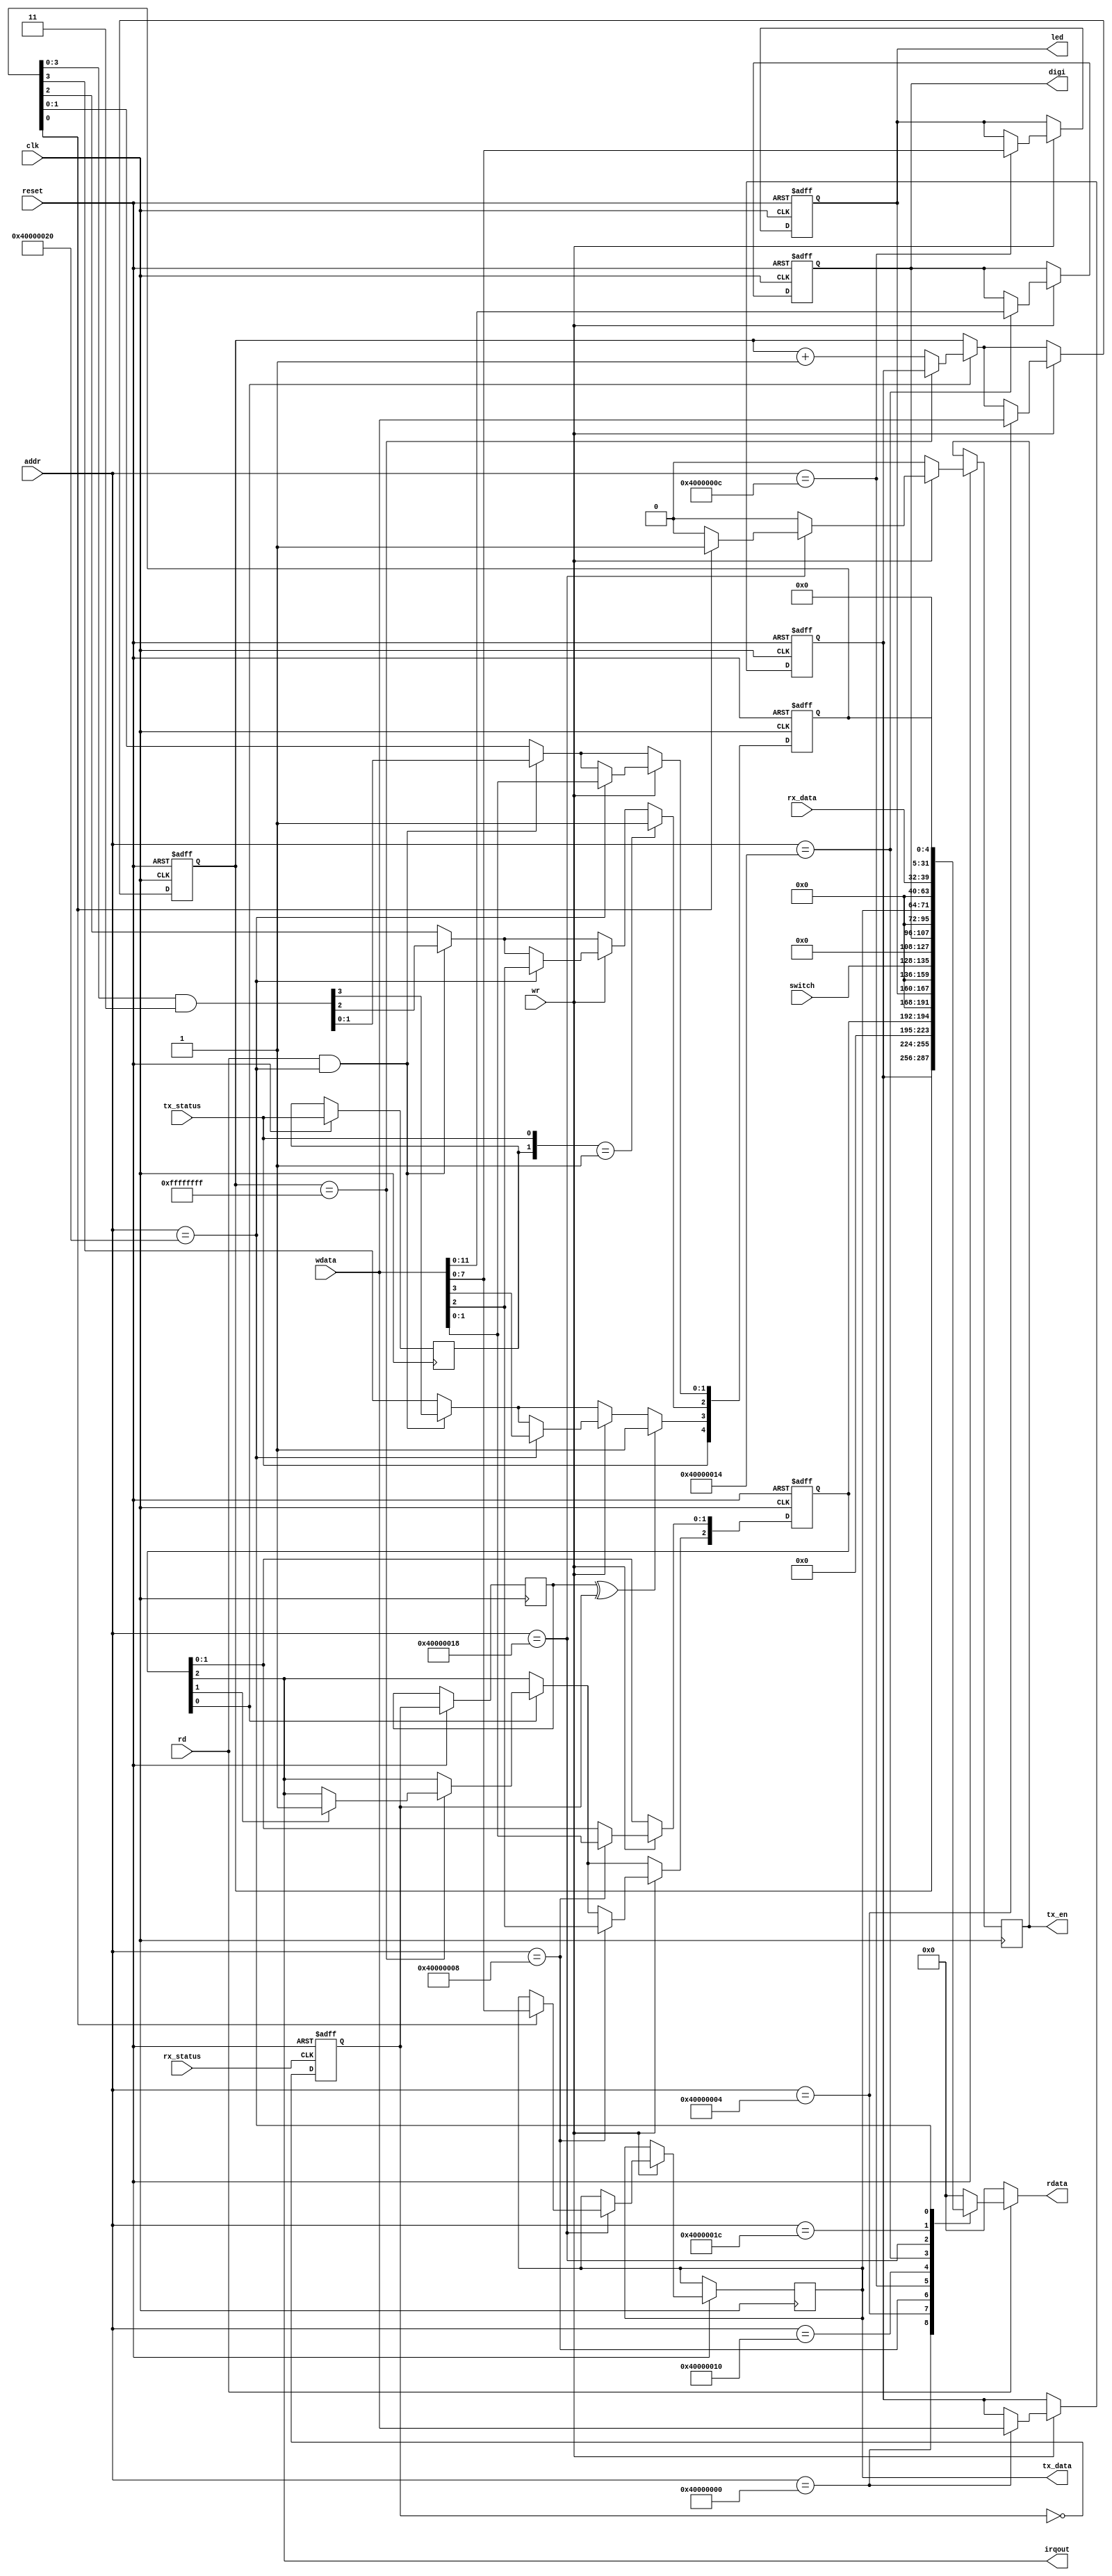
`timescale 1ns/1ps

module Peripheral (reset, clk, rd, wr, addr, wdata, rdata, led, switch, digi, irqout, tx_data, rx_data, rx_status, tx_status, tx_en);
input reset,clk;
input rd,wr;
input [31:0] addr;
input [31:0] wdata;
output [31:0] rdata;
reg [31:0] rdata;

output [7:0] led;
reg [7:0] led;
input [7:0] switch;
output [11:0] digi;
reg [11:0] digi;
output irqout;

reg [31:0] TH,TL;
reg [2:0] TCON;
assign irqout = TCON[2];

input [7:0] rx_data;
input rx_status, tx_status;
output reg [7:0] tx_data;
output reg  tx_en;
reg rx_status_delay, tx_status_delay, rx_status_flag;
reg [4:0] uart_con;

always@(*) begin
	if(rd) begin
		case(addr)
			32'h40000000: rdata <= TH;			
			32'h40000004: rdata <= TL;			
			32'h40000008: rdata <= {29'b0,TCON};				
			32'h4000000C: rdata <= {24'b0,led};			
			32'h40000010: rdata <= {24'b0,switch};
			32'h40000014: rdata <= {20'b0,digi};
			32'h40000018: rdata <= {24'b0, tx_data};
			32'h4000001C: rdata <= {24'b0, rx_data};
			32'h40000020: rdata <= {27'b0, uart_con};
			default: rdata <= 32'b0;
		endcase
	end
	else
		rdata <= 32'b0;
end

always@(negedge reset or posedge clk) begin
	if(~reset) begin
		TH <= 32'b0;
		TL <= 32'b0;
		TCON <= 3'b0;
		led <= 8'b0;
		digi <= 12'b0;
		uart_con <= 5'b0;
	end

	else begin
		if(TCON[0]) begin	//timer is enabled
			if(TL==32'hffffffff) begin
				TL <= TH;
				if(TCON[1]) TCON[2] <= 1'b1;		//irq is enabled
			end
			else TL <= TL + 1;
		end

		if(rd & addr == 32'h40000020) begin
			uart_con <= uart_con & 5'b10011;
		end

		if (tx_en) begin
			tx_en <= 0;
		end

		if(wr) begin
			case(addr)
				32'h40000000: TH <= wdata;
				32'h40000004: TL <= wdata;
				32'h40000008: TCON <= wdata[2:0];		
				32'h4000000C: led <= wdata[7:0];			
				32'h40000014: digi <= wdata[11:0];
				32'h40000018: 
				begin 
					if (uart_con[0]) begin
						tx_en <= 1;
						tx_data <= wdata[7:0];
					end
				end
				32'h40000020: uart_con <= wdata[4:0];

				default: ;
			endcase
		end

		rx_status_delay <= rx_status_flag;
		tx_status_delay <= tx_status;
		uart_con[4] <= tx_status;

		if ({tx_status_delay, tx_status} == 2'b01)
		uart_con[2] <= 1;

		if (rx_status_delay ^ rx_status_flag)
		uart_con[3] <= 1;
	end
end

always @(posedge rx_status or negedge reset) begin
	if (~reset) begin
		// reset
		rx_status_flag <= 0;
	end
	else begin
		rx_status_flag <= ~rx_status_flag;
	end
end
endmodule